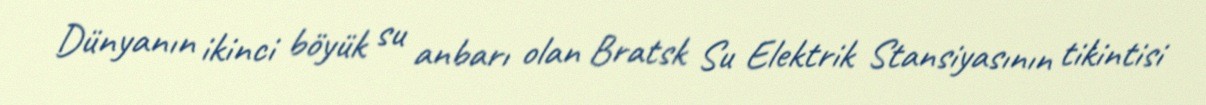
Dünyanın ikinci böyük su anbarı olan Bratsk Su Elektrik Stansiyasının tikintisi